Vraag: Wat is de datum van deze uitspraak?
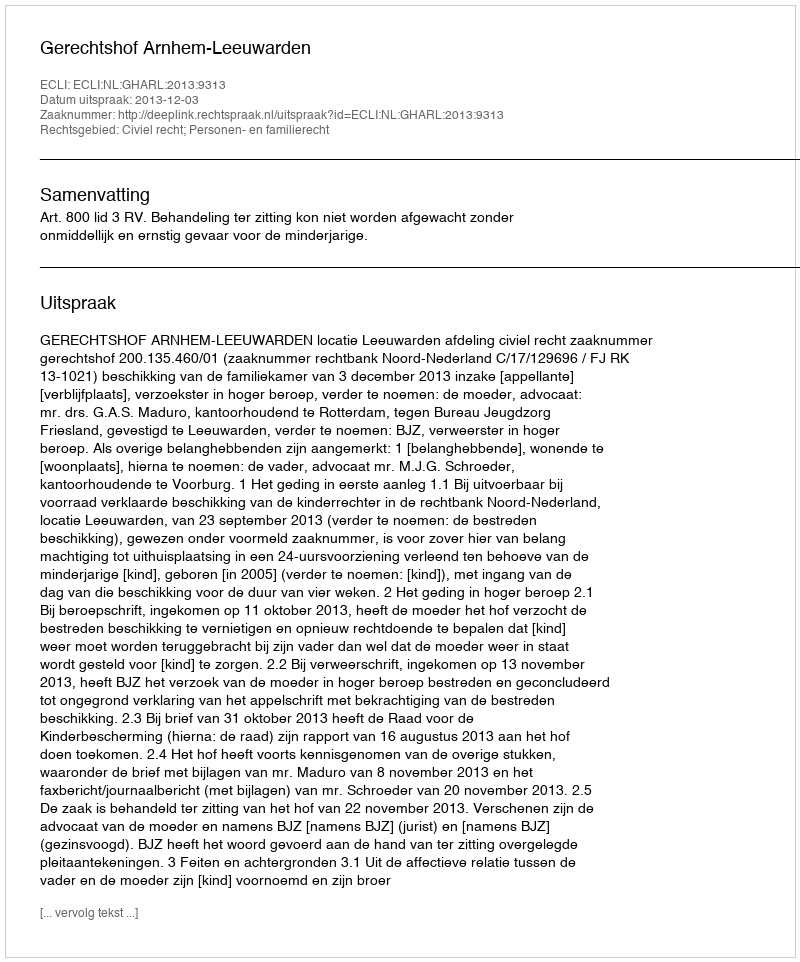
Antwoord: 2013-12-03